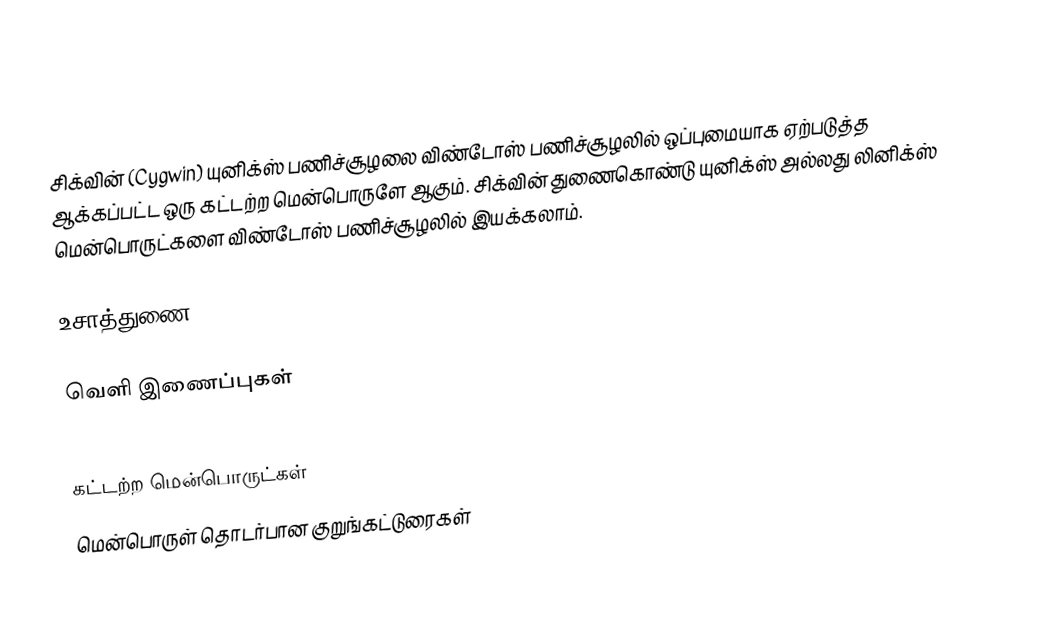
சிக்வின் (Cygwin) யுனிக்ஸ் பணிச்சூழலை விண்டோஸ் பணிச்சூழலில் ஒப்புமையாக ஏற்படுத்த ஆக்கப்பட்ட ஒரு கட்டற்ற மென்பொருளே ஆகும்.  சிக்வின் துணைகொண்டு யுனிக்ஸ் அல்லது லினிக்ஸ் மென்பொருட்களை விண்டோஸ் பணிச்சூழலில் இயக்கலாம்.

உசாத்துணை

வெளி இணைப்புகள்

கட்டற்ற மென்பொருட்கள்
மென்பொருள் தொடர்பான குறுங்கட்டுரைகள்